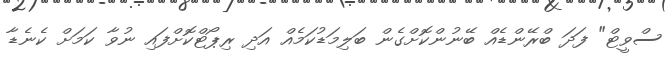
ސްވީޓް" ފަދަ ބްރޭންޑެއް ބޭނުންކޮށްގެން ބަލިމަޑުކަމެއް އަދި ރިޕޯޓްކޮށްފައި ނުވާ ކަމަށް ކެނެޑާ